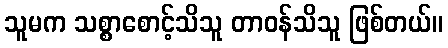
သူမက သစ္စာစောင့်သိသူ တာဝန်သိသူ ဖြစ်တယ်။